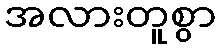
အလားတူစွာ